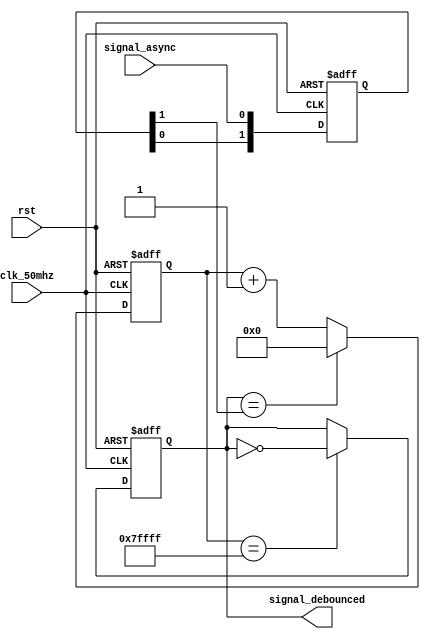
module sync_debouncer_10ms (

// OUTPUTs
    signal_debounced,          // Synchronized and 10ms debounced signal

// INPUTs
    clk_50mhz,                 // 50MHz clock
    rst,                       // reset
    signal_async               // Asynchonous signal
);

// OUTPUTs
//=========
output     signal_debounced;   // Synchronized and 10ms debounced signal

// INPUTs
//=========
input      clk_50mhz;          // 50MHz clock
input      rst;                // reset
input      signal_async;       // Asynchonous signal


// Synchronize signal
reg [1:0] sync_stage;
always @(posedge clk_50mhz or posedge rst)
  if (rst) sync_stage <= 2'b00;
  else     sync_stage <= {sync_stage[0], signal_async};

wire signal_sync = sync_stage[1];


// Debouncer (10.48ms = 0x7ffff x 50MHz clock cycles)
reg [18:0] debounce_counter;
always @(posedge clk_50mhz or posedge rst)
  if (rst)                               debounce_counter <= 19'h00000;
  else if(signal_debounced==signal_sync) debounce_counter <= 19'h00000;
  else                                   debounce_counter <= debounce_counter+1;

wire debounce_counter_done = (debounce_counter==19'h7ffff);

// Output signal
reg signal_debounced;
always @(posedge clk_50mhz or posedge rst)
  if (rst)                       signal_debounced <= 1'b0;
  else if(debounce_counter_done) signal_debounced <= ~signal_debounced;


endmodule